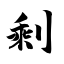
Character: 剩